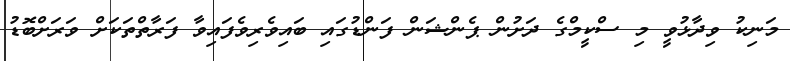
މަނިކު ވިދާޅުވީ މި ސްކީމްގެ ދަށުން ޕެންޝަން ފަންޑުގައި ބައިވެރިވެފައިވާ ފަރާތްތަކަށް ވަރަށްބޮޑު